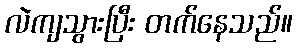
လဲကျသွားပြီး တက်နေသည်။